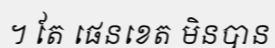
។ តែ ផេនខេត មិនបាន